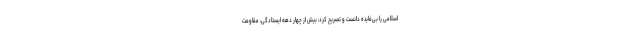
اسلامی را بی‌فایده دانست و تصریح کرد: بیش از چهار دهه ایستادگی، مقاومت